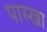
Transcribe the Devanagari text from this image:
पास्खा